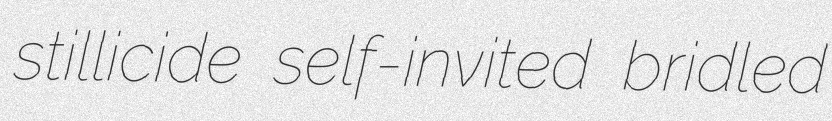
stillicide self-invited bridled